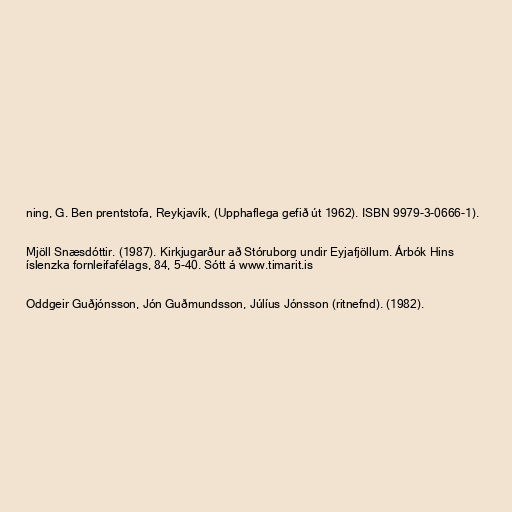
ning, G. Ben prentstofa, Reykjavík, (Upphaflega gefið út 1962). ISBN 9979-3-0666-1).

Mjöll Snæsdóttir. (1987). Kirkjugarður að Stóruborg undir Eyjafjöllum. Árbók Hins
íslenzka fornleifafélags, 84, 5-40. Sótt á www.timarit.is

Oddgeir Guðjónsson, Jón Guðmundsson, Júlíus Jónsson (ritnefnd). (1982).